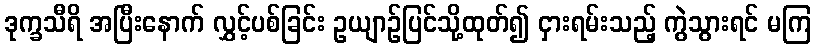
ဒုက္ခသီရိ အပြီးနောက် လွှင့်ပစ်ခြင်း ဥယျာဉ်ပြင်သို့ထုတ်၍ ငှားရမ်းသည့် ကွဲသွားရင် မကြ